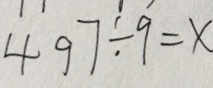
4 9 7 \div 9 = x